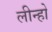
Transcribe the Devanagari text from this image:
लीन्हो